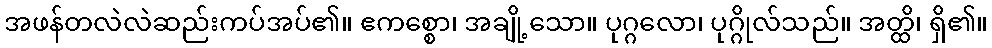
အဖန်တလဲလဲဆည်းကပ်အပ်၏။ ဧကစ္စော၊ အချို့သော။ ပုဂ္ဂလော၊ ပုဂ္ဂိုလ်သည်။ အတ္ထိ၊ ရှိ၏။